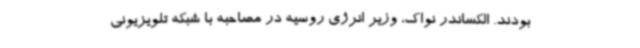
بودند. الکساندر نواک، وزیر انرژی روسیه در مصاحبه با شبکه تلویزیونی